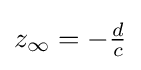
{\textstyle z_{\infty }=-{\frac {d}{c}}}